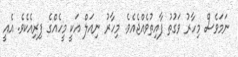
ނަމަވެސް މިހާރު ވަގުތު ފާއިތުވެއްޖެއެވެ. މިހާރު ނިއަލް އަކީ މީހެއްގެ ފިރިއެކެވެ. އެއީ